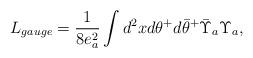
LaTeX: \begin{align*}L_{gauge}=\frac{1}{8e_a^2} \int d^2 x d \theta^+ d {\bar \theta}^+{\bar \Upsilon}_a \Upsilon_a,\end{align*}